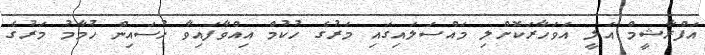
އަފްރާޝީމް އަލީ އަވަހާރަކޮށްލި މައްސަލައިގައި މަރުގެ ހުކުމް އިއްވާފައިވާ ހުސައިން ހުމާމު މަރުގެ